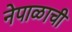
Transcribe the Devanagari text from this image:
नेपाळाची